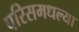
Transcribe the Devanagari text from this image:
परिसमधल्या